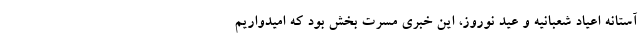
آستانه اعیاد شعبانیه و عید نوروز، این خبری مسرت بخش بود که امیدواریم